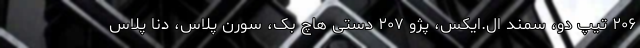
۲۰۶ تیپ دو، سمند ال.ایکس، پژو ۲۰۷ دستی هاچ بک، سورن پلاس، دنا پلاس